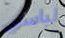
لباسي